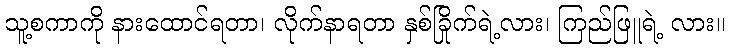
သူ့စကာကို နားထောင်ရတာ၊ လိုက်နာရတာ နှစ်ခြိုက်ရဲ့လား၊ ကြည်ဖြူရဲ့ လား။